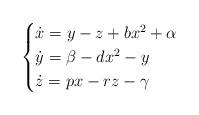
LaTeX: \begin{align*}\begin{cases}\dot{x}=y-z+bx^{2}+\alpha\\\dot{y}=\beta-dx^{2}-y\\\dot{z}=px-rz-\gamma\end{cases}\end{align*}